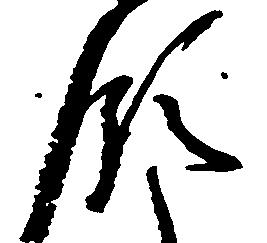
領